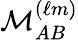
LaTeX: \mathcal{M}_{AB}^{(\ell m)}